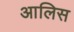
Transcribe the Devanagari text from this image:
आलिस